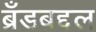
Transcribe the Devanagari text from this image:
ब्रँडबद्दल